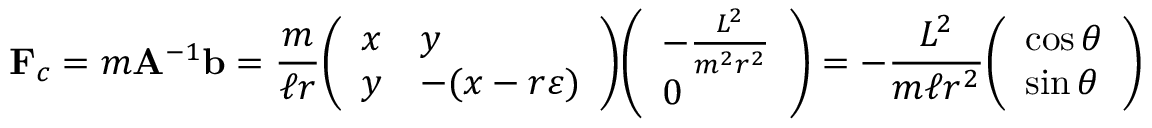
\mathbf { F } _ { c } = m \mathbf { A } ^ { - 1 } \mathbf { b } = { \frac { m } { \ell r } } { \left( \begin{array} { l l } { x } & { y } \\ { y } & { - ( x - r \varepsilon ) } \end{array} \right) } { \left( \begin{array} { l } { - { \frac { L ^ { 2 } } { m ^ { 2 } r ^ { 2 } } } } \\ { 0 } \end{array} \right) } = - { \frac { L ^ { 2 } } { m \ell r ^ { 2 } } } { \left( \begin{array} { l } { \cos \theta } \\ { \sin \theta } \end{array} \right) }